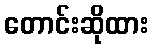
တောင်းဆိုထား